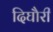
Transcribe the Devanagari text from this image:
दिघौरी